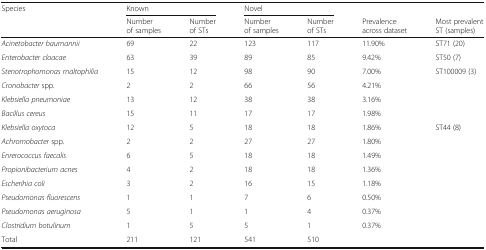
<table><thead><tr><td><b>Species</b></td><td colspan="2"><b>Known</b></td><td colspan="2"><b>Novel</b></td><td></td><td></td></tr><tr><td></td><td><b>Number of samples</b></td><td><b>Number of STs</b></td><td><b>Number of samples</b></td><td><b>Number of STs</b></td><td><b>Prevalence across dataset</b></td><td><b>Most prevalent ST (samples)</b></td></tr></thead><tbody><tr><td><i>Acinetobacter baumannii</i></td><td>69</td><td>22</td><td>123</td><td>117</td><td>11.90%</td><td>ST71 (20)</td></tr><tr><td><i>Enterobacter cloacae</i></td><td>63</td><td>39</td><td>89</td><td>85</td><td>9.42%</td><td>ST50 (7)</td></tr><tr><td><i>Stenotrophomonas maltophilia</i></td><td>15</td><td>12</td><td>98</td><td>90</td><td>7.00%</td><td>ST100009 (3)</td></tr><tr><td><i>Cronobacter</i> spp<i>.</i></td><td>2</td><td>2</td><td>66</td><td>56</td><td>4.21%</td><td></td></tr><tr><td><i>Klebsiella pneumoniae</i></td><td>13</td><td>12</td><td>38</td><td>38</td><td>3.16%</td><td></td></tr><tr><td><i>Bacillus cereus</i></td><td>15</td><td>11</td><td>17</td><td>17</td><td>1.98%</td><td></td></tr><tr><td><i>Klebsiella oxytoca</i></td><td>12</td><td>5</td><td>18</td><td>18</td><td>1.86%</td><td>ST44 (8)</td></tr><tr><td><i>Achromobacter</i> spp<i>.</i></td><td>2</td><td>2</td><td>27</td><td>27</td><td>1.80%</td><td></td></tr><tr><td><i>Enrerococcus faecalis</i></td><td>6</td><td>5</td><td>18</td><td>18</td><td>1.49%</td><td></td></tr><tr><td><i>Propionibacterium acnes</i></td><td>4</td><td>2</td><td>18</td><td>18</td><td>1.36%</td><td></td></tr><tr><td><i>Escherihia coli</i></td><td>3</td><td>2</td><td>16</td><td>15</td><td>1.18%</td><td></td></tr><tr><td><i>Pseudomonas fluorescens</i></td><td>1</td><td>1</td><td>7</td><td>6</td><td>0.50%</td><td></td></tr><tr><td><i>Pseudomonas aeruginosa</i></td><td>5</td><td>1</td><td>1</td><td>4</td><td>0.37%</td><td></td></tr><tr><td><i>Clostridium botulinum</i></td><td>1</td><td>5</td><td>5</td><td>1</td><td>0.37%</td><td></td></tr><tr><td>Total</td><td>211</td><td>121</td><td>541</td><td>510</td><td></td><td></td></tr></tbody></table>